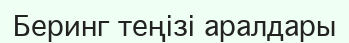
Беринг теңізі аралдары